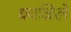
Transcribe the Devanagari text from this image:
धवळिलें